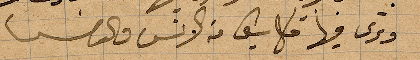
وترى فيها كل شييء من الانس وال...